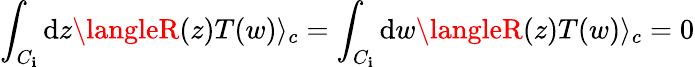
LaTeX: \int_{C_{\mathbf{i}}}\mathrm{d}z\langleR(z)T(w)\rangle_{c}=\int_{C_{\mathbf{i}}}\mathrm{d}w\langleR(z)T(w)\rangle_{c}=0